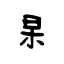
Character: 杲